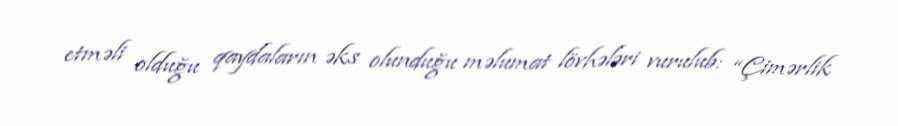
etməli olduğu qaydaların əks olunduğu məlumat lövhələri vurulub: “Çimərlik